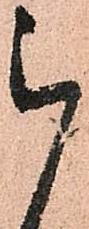
被